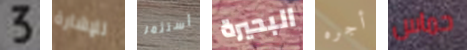
3 للإشارة أستثمر البحيرة أجره حماس